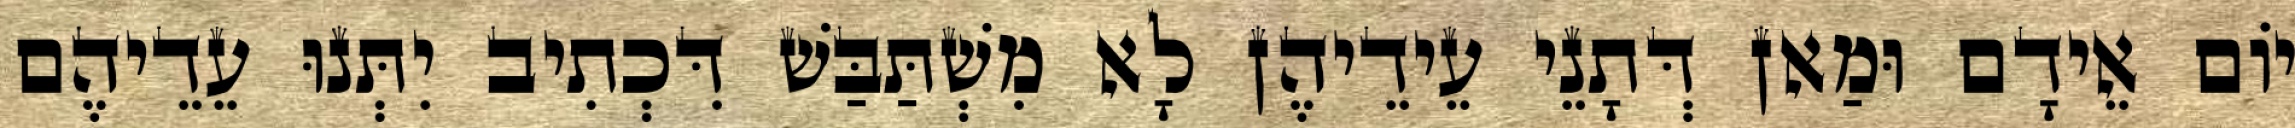
יוֹם אֵידָם וּמַאן דְּתָנֵי עֵידֵיהֶן לָא מִשְׁתַּבַּשׁ דִּכְתִיב יִתְּנוּ עֵדֵיהֶם